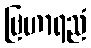
ဗြဟာရညံ